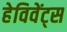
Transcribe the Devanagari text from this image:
हेविवेंट्स